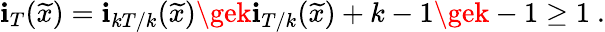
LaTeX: \mathbf{i}_{T}(\widetilde{{x}})=\mathbf{i}_{kT/k}(\widetilde{{x}})\gek\mathbf{i}_{T/k}(\widetilde{{x}})+k-1\gek-1\ge1\ .